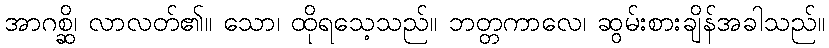
အာဂစ္ဆိ၊ လာလတ်၏။ သော၊ ထိုရသေ့သည်။ ဘတ္တကာလေ၊ ဆွမ်းစားချိန်အခါသည်။